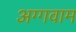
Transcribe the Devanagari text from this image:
अग्गवाम